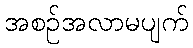
အစဉ်အလာမပျက်